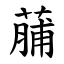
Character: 䔕